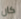
كان